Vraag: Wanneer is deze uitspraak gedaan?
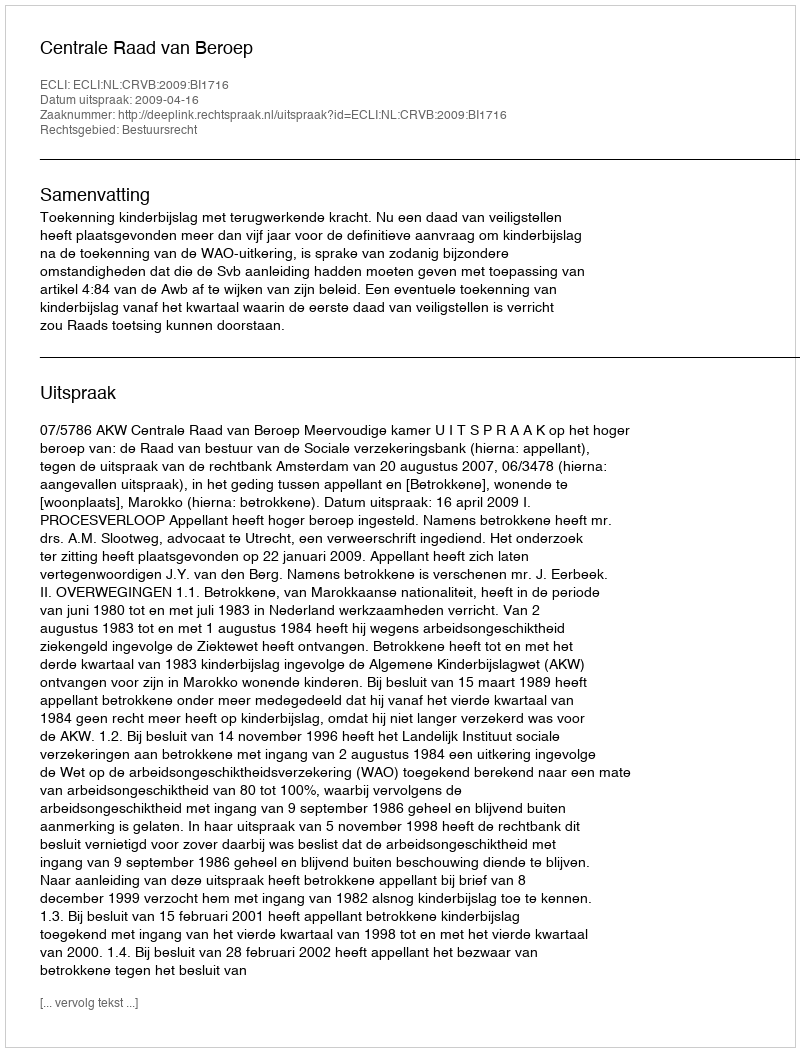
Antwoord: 2009-04-16